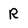
Character: R